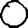
Digit: 0